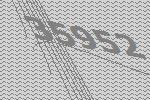
35952